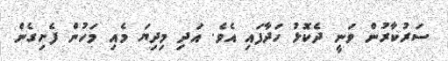
ސަރުކާރުން ވަނީ ދެކޮޅު ހަދާފައި އެވެ. އަދި މިދިޔަ މެއި މަހުން ފެށިގެން